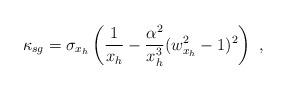
LaTeX: \begin{align*}\kappa_{sg}=\sigma_{x_h}\left(\frac{1}{x_h}-\frac{\alpha^2}{x_h^3}(w_{x_h}^2-1)^2\right) \ ,\end{align*}